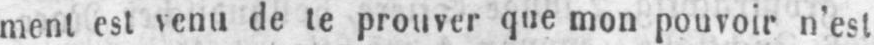
ment est venu de te prouver que mon pouvoir n’est